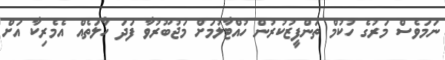
ނަމަވެސް މަރުގެ ހުކުމް ތަންފީޒުކުރުން ހުއްޓާލުމަށް މަޖުބޫރުވާ ފަދަ ހާލަތެއް އެމެރިކާ އަށް